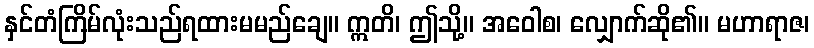
နှင်တံကြိမ်လုံးသည်ရထားမမည်ချေ။ ဣတိ၊ ဤသို့။ အဝေါစ၊ လျှောက်ဆို၏။ မဟာရာဇ၊